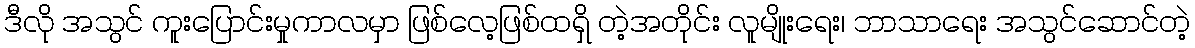
ဒီလို အသွင် ကူးပြောင်းမှုကာလမှာ ဖြစ်လေ့ဖြစ်ထရှိ တဲ့အတိုင်း လူမျိုးရေး၊ ဘာသာရေး အသွင်ဆောင်တဲ့